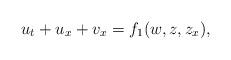
LaTeX: \begin{align*}u_{t}+u_{x}+v_{x}=f_{1}(w,z,z_{x}),\end{align*}